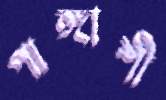
পাঙ্গাশী